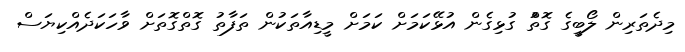
މިދެތަރިން ލޯބީގެ ގޮތުް ގުޅިގެން އުޅޭކަމަށް ކަމަށް މީޑިއާތަކުން ތަފާތު ގޮތްގޮތަށް ވާހަކަދެއްކިޔަސް